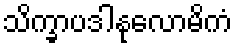
သိက္ခာပဒါနုလောမိကံ